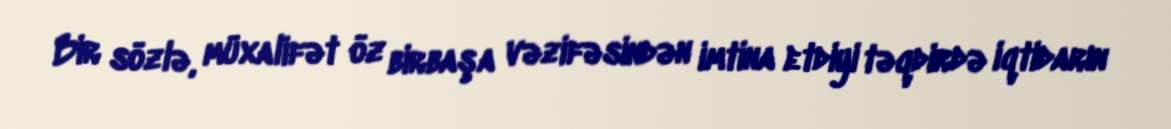
Bir sözlə, müxalifət öz birbaşa vəzifəsindən imtina etdiyi təqdirdə iqtidarın